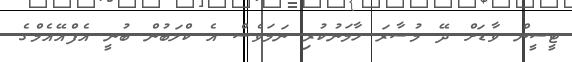
ޓީސީން ވާޑަށް ދޭ މުސާރަ ހާމަނުކުރި ނަމަވެސް އެ ކްލަބުން ބުނީ އެފްއޭއެމްގެ